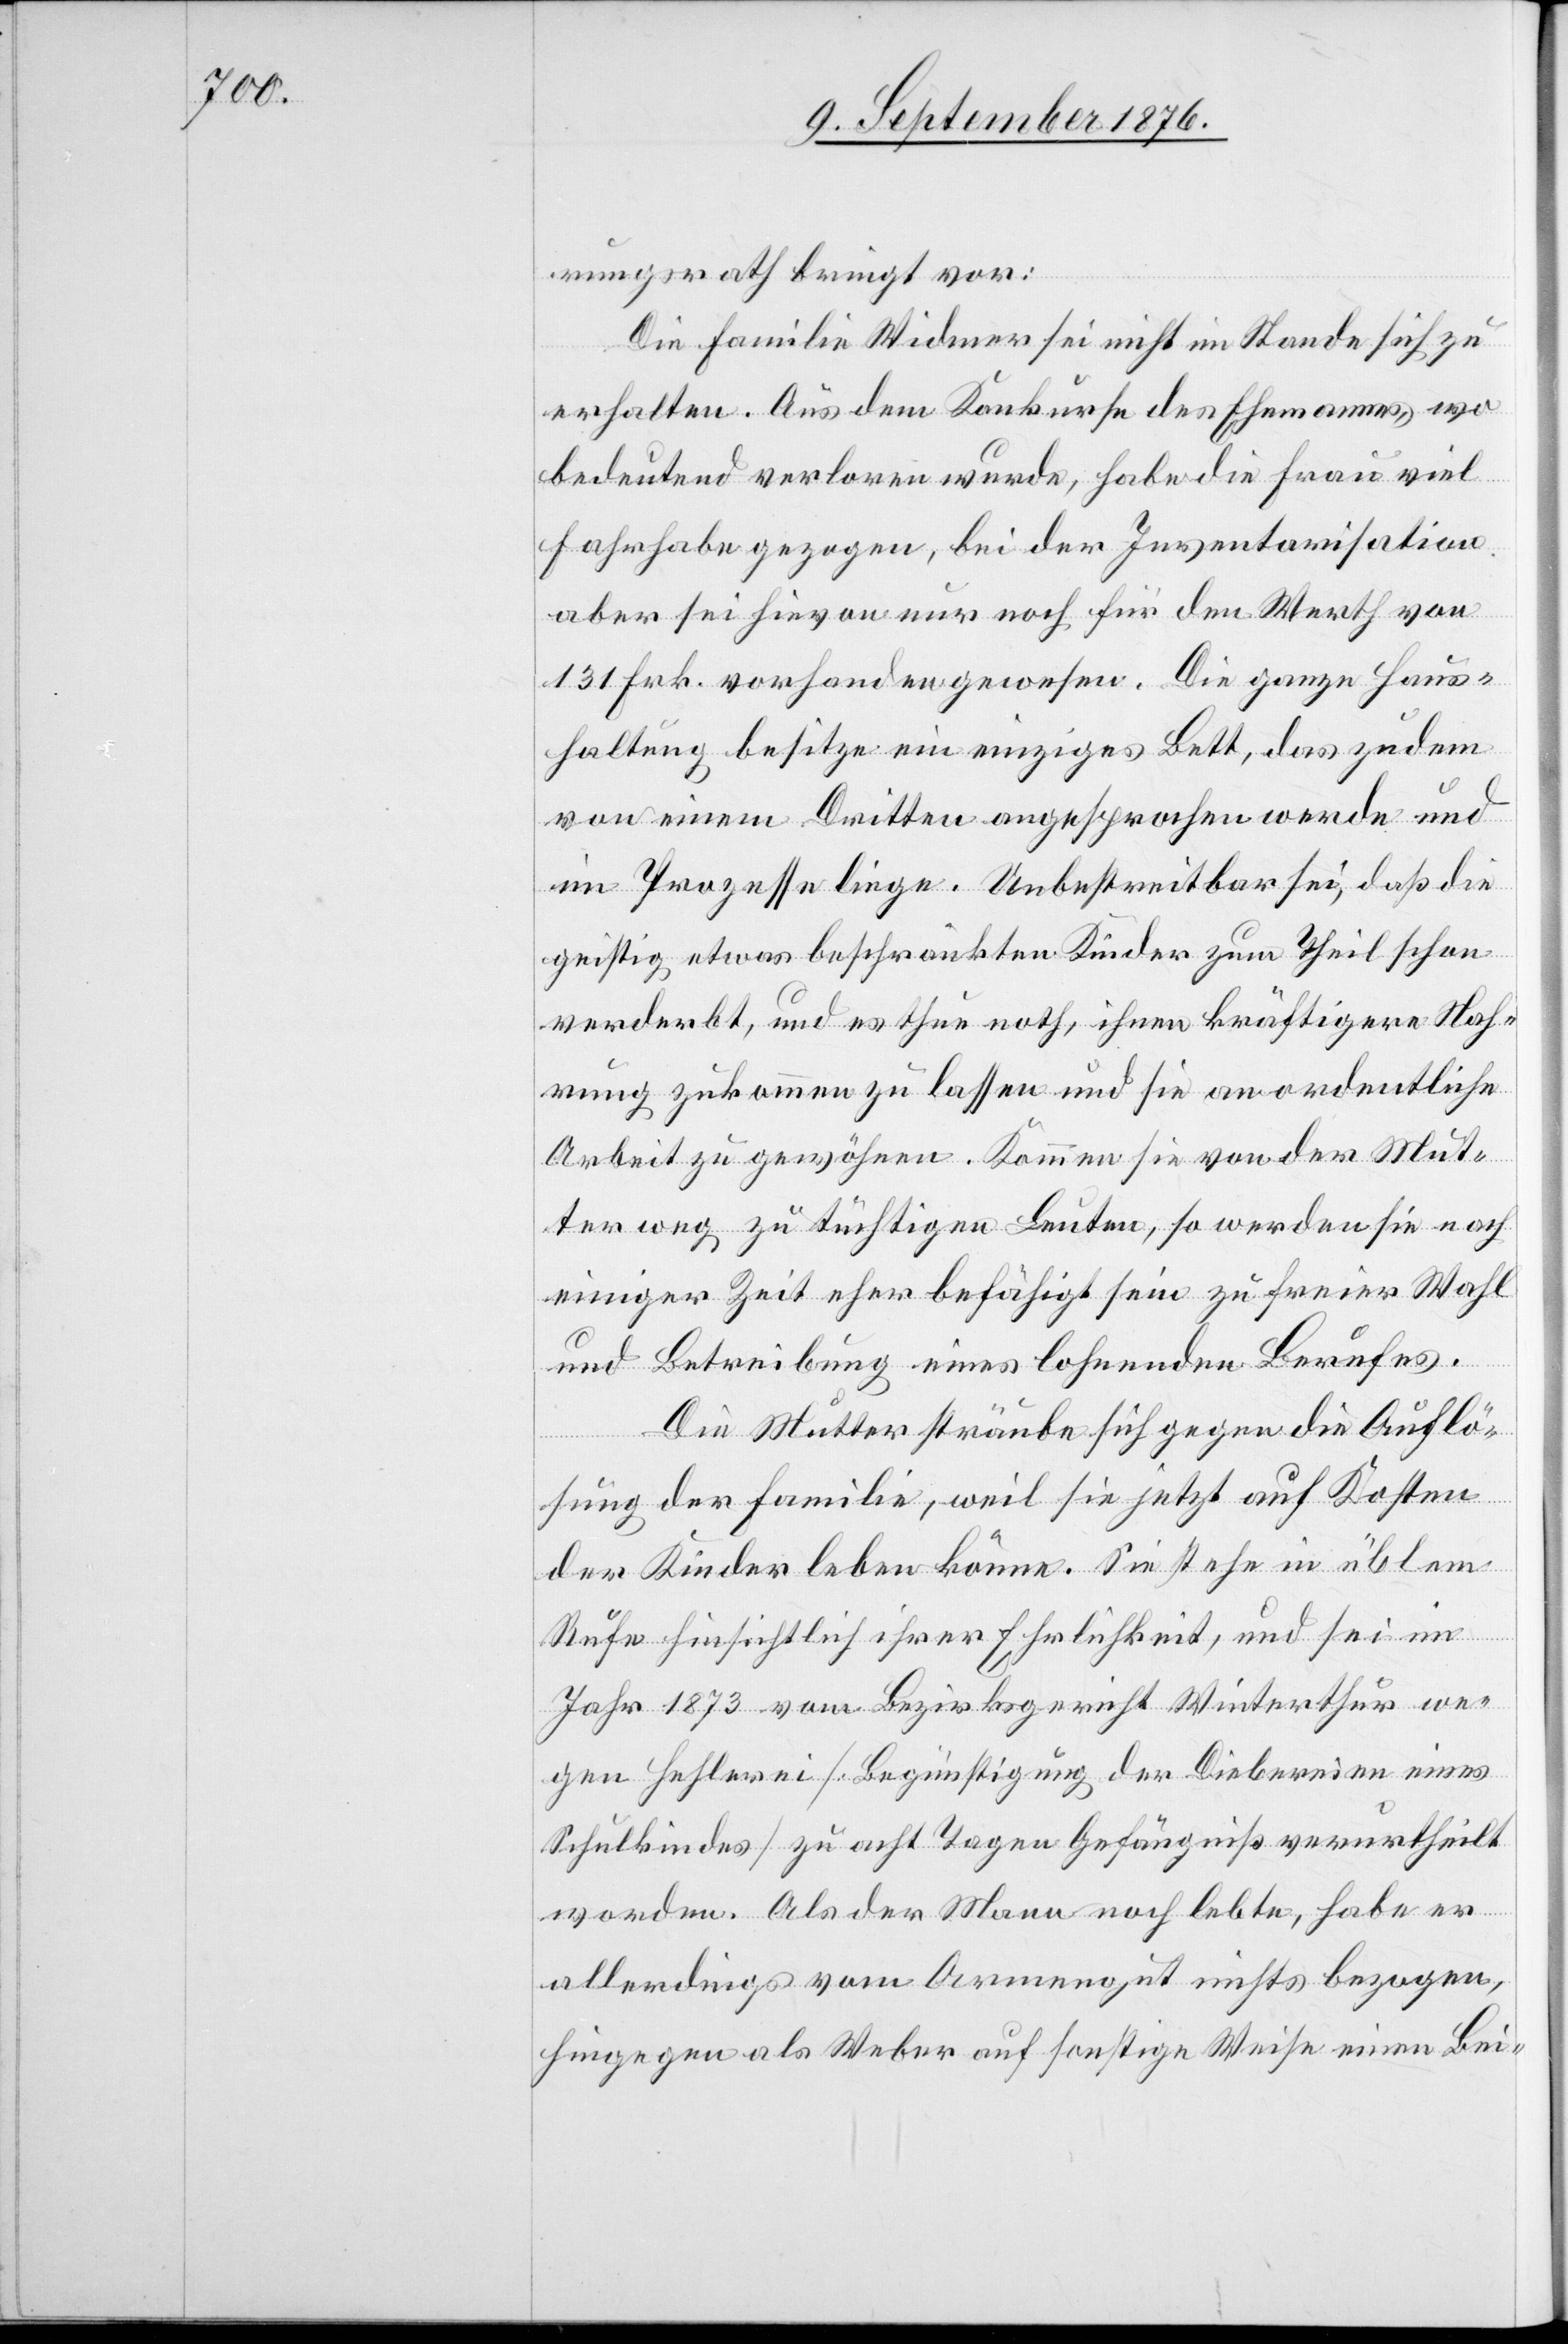
rungsrath bringt vor:
Die Familie Widmer sei nicht im Stande sich zu
erhalten. Aus dem Konkurse des Ehemanns, wo
bedeutend verloren wurde, habe die Frau viel
Fahrhabe gezogen, bei der Inventarisation
aber sei hievon nur noch für den Werth von
131 Frk. vorhanden gewesen. Die ganze Haus¬
haltung besitze ein einziges Bett, das zudem
von einem Dritten angesprochen werde und
im Prozesse liege. Unbestreitbar sei, daß die
geistig etwas beschränkten Kinder zum Theil schon
verderbt, und es thue noth, ihnen kräftigere Nah¬
rung zukommen zu lassen und sie an ordentliche
Arbeit zu gewöhnen. Kommen sie von der Mut¬
ter weg zu tüchtigen Leuten, so werden sie nach
einiger Zeit eher befähigt sein zu freier Wahl
und Betreibung eines lohnenden Berufes.
Die Mutter sträube sich gegen die Auflö¬
sung der Familie, weil sie jetzt auf Kosten
der Kinder leben könne. Sie stehe in üblem
Rufe hinsichtlich ihrer Ehrlichkeit, und sei im
Jahr 1873 vom Bezirksgericht Winterthur we¬
gen Hehlerei [Begünstigung der Diebereien eines
Schulkindes] zu acht Tagen Gefängniß verurtheilt
worden. Als der Mann noch lebte, habe er
allerdings vom Armengut nichts bezogen,
hingegen als Weber auf sonstige Weise einen Bei-